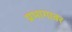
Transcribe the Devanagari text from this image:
प्रभागावर